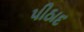
પીઠાદ